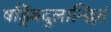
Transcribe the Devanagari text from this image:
षड्बिंदुलान्छितं